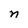
Character: n